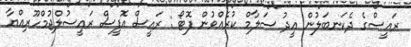
ރައީސްގެ ދެކަނބަލުން ޢީދު ސަލާމް ކުރެއްވުން ފޮޓޯ : ރައީސް އޮފީސް ރައީސުލްޖުމްހޫރިއްޔާ